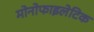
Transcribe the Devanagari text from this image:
मोनोफाइलेटिक